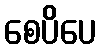
စေပိပေ